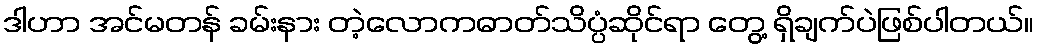
ဒါဟာ အင်မတန် ခမ်းနား တဲ့လောကဓာတ်သိပ္ပံဆိုင်ရာ တွေ့ ရှိချက်ပဲဖြစ်ပါတယ်။